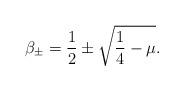
LaTeX: \begin{align*}\beta_\pm = \frac{1}{2}\pm \sqrt{\frac{1}{4}-\mu}.\end{align*}